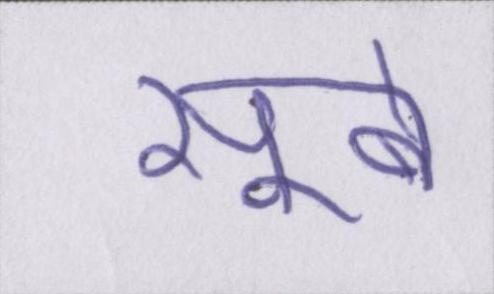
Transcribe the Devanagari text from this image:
सूबे